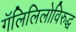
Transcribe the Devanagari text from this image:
गॅलिलिलोविरुद्ध